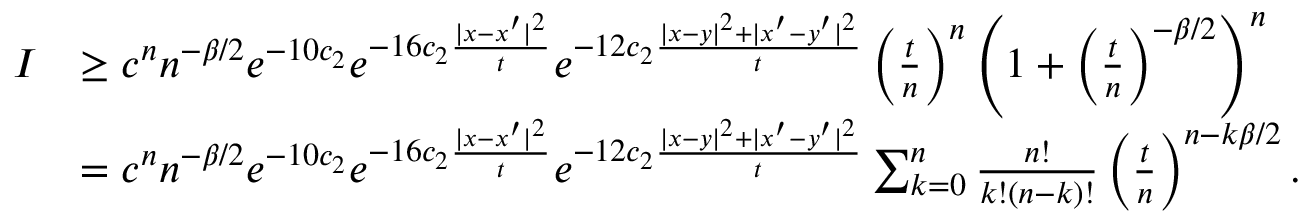
\begin{array} { r l } { I } & { \ge c ^ { n } n ^ { - \beta / 2 } e ^ { - 1 0 c _ { 2 } } e ^ { - 1 6 c _ { 2 } \frac { | x - x ^ { \prime } | ^ { 2 } } { t } } e ^ { - 1 2 c _ { 2 } \frac { | x - y | ^ { 2 } + | x ^ { \prime } - y ^ { \prime } | ^ { 2 } } { t } } \left( \frac t n \right) ^ { n } \left( 1 + \left( \frac { t } { n } \right) ^ { - \beta / 2 } \right) ^ { n } } \\ & { = c ^ { n } n ^ { - \beta / 2 } e ^ { - 1 0 c _ { 2 } } e ^ { - 1 6 c _ { 2 } \frac { | x - x ^ { \prime } | ^ { 2 } } { t } } e ^ { - 1 2 c _ { 2 } \frac { | x - y | ^ { 2 } + | x ^ { \prime } - y ^ { \prime } | ^ { 2 } } { t } } \sum _ { k = 0 } ^ { n } \frac { n ! } { k ! ( n - k ) ! } \left( \frac t n \right) ^ { n - k \beta / 2 } . } \end{array}